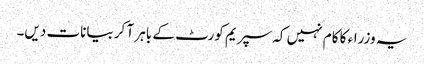
یہ وزراء کا کام نہیں کہ سپریم کورٹ کے باہر آ کر بیانات دیں۔